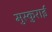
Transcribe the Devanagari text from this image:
मुस्कुराई